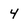
Character: 4